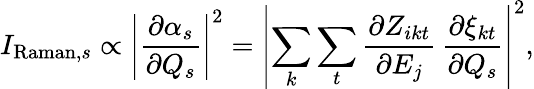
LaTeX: I_{\mathrm{Raman},s}\propto\left|\frac{\partial\alpha_{s}}{\partial Q_{s}}\right|^{2}=\left|\sum_{k}\sum_{t}\frac{\partial Z_{ikt}}{\partial E_{j}}\, \frac{\partial{\xi_{kt}}}{\partial Q_{s}}\right|^{2},